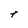
Character: t